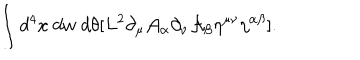
\int d ^ { 4 } x ~ d w ~ d \theta [ L ^ { 2 } \partial _ { \mu } { \cal A } _ { \alpha } \partial _ { \nu } { \cal A } _ { \beta } \eta ^ { \mu \nu } \eta ^ { \alpha \beta } ] .